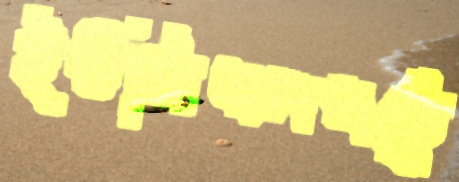
ইউসিএলএতে